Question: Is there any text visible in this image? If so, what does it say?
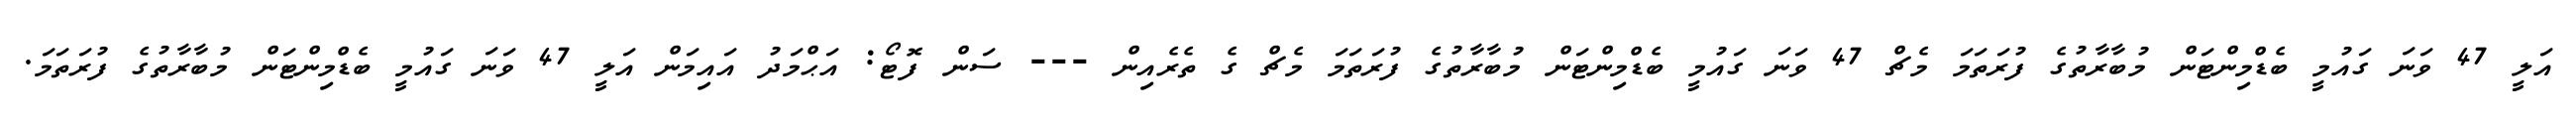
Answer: އަލީ 47 ވަނަ ގައުމީ ބެޑްމިންޓަން މުބާރާތުގެ ފުރަތަމަ މެޗް 47 ވަނަ ގައުމީ ބެޑްމިންޓަން މުބާރާތުގެ ފުރަތަމަ މެޗް ގެ ތެރެއިން --- ސަން ފޮޓޯ: އަޙްމަދު އައިމަން އަލީ 47 ވަނަ ގައުމީ ބެޑްމިންޓަން މުބާރާތުގެ ފުރަތަމަ.